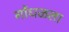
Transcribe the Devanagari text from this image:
गोंधळला